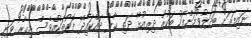
ނައިފަރަށް ބަދަލުވުމަށްފަހު ބަކުރު ދިރިއުޅޭ ދަތި ޙާލު ދައްކައިދޭ ފޮޓޯތަކެއްވެސް މިހާރު ވަނީ